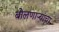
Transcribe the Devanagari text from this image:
बोलणाऱ्यांचा